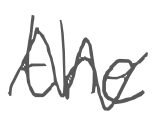
Text: the
Cross-out: zig-zag
Writing tool: digital_gray